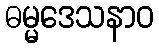
ဓမ္မဒေသနာဝ